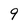
Character: 9